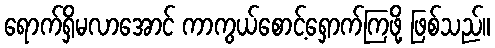
ရောက်ရှိမလာအောင် ကာကွယ်စောင့်ရှောက်ကြဖို့ ဖြစ်သည်။